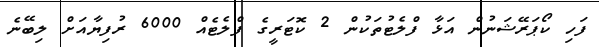
ފަހި ކޯޕަރޭޝަނުން އަޅާ ފްލެޓުތަކުން 2 ކޮޓަރީގެ ފްލެޓެއް 6000 ރުފިޔާއަށް ލިބޭނެ